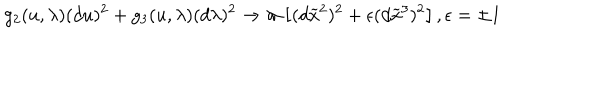
LaTeX: g _ { 2 } ( u , \lambda ) ( d u ) ^ { 2 } + g _ { 3 } ( u , \lambda ) ( d \lambda ) ^ { 2 } \rightarrow \varpi \left[ ( d \widetilde { x } ^ { 2 } ) ^ { 2 } + \epsilon ( d \widetilde { x } ^ { 3 } ) ^ { 2 } \right] , \epsilon = \pm 1